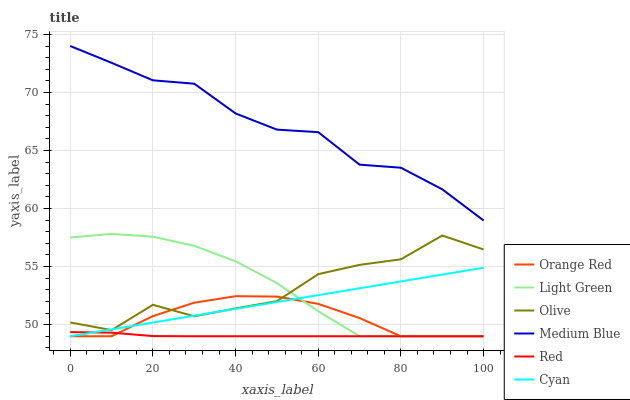
| xaxis_label | Orange Red | Light Green | Olive | Medium Blue | Red | Cyan |
 | --- | --- | --- | --- | --- | --- | --- |
 | 0 | 49 | 57.5 | 50.2 | 74 | 49.4 | 49 |
 | 10 | 49 | 57.8 | 49.5 | 72.6 | 49.3 | 49.6 |
 | 20 | 50.7 | 57.6 | 51.7 | 71 | 49 | 50.2 |
 | 30 | 51.9 | 56.8 | 50.7 | 70.8 | 49 | 50.8 |
 | 40 | 52.5 | 55.5 | 51.4 | 68.2 | 49 | 51.4 |
 | 50 | 52.4 | 53.6 | 52 | 66.8 | 49 | 51.9 |
 | 60 | 51.8 | 51.2 | 54.3 | 66.6 | 49 | 52.5 |
 | 70 | 50.6 | 49 | 55.2 | 63.8 | 49 | 53.1 |
 | 80 | 49 | 49 | 55.6 | 63.5 | 49 | 53.7 |
 | 90 | 49 | 49 | 57.7 | 61.7 | 49 | 54.3 |
 | 100 | 49 | 49 | 56.5 | 59 | 49 | 54.9 |